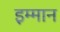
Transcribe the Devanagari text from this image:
इम्मान